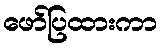
ဖော်ပြထားကာ